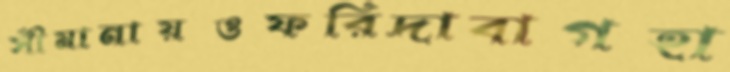
সীমানায়ওফরিদাবাগহা